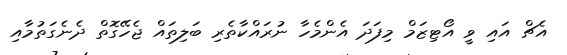
އެޗް އައި ވީ އޯޓިޒަމް މިފަދަ އެންމެހާ ނުރައްކާތެރި ބަލިތައް ޖެހޭގޮތް ދެނެގަތުމާއި